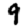
Digit: 9